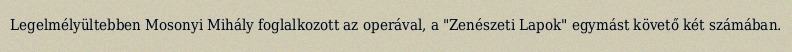
Legelmélyültebben Mosonyi Mihály foglalkozott az operával, a "Zenészeti Lapok" egymást követő két számában.